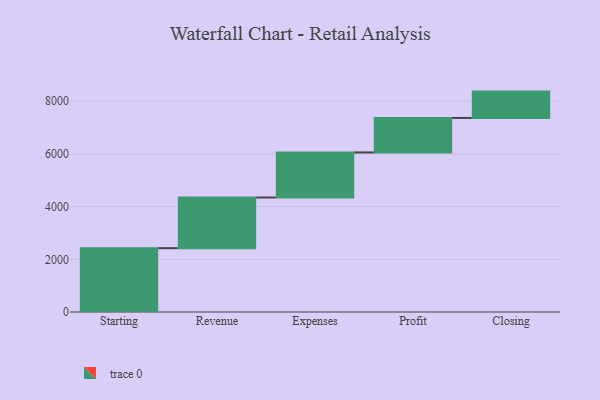
{"axis": {"x": "Step", "y": "Value"}, "legend": [""], "data": [{"x": "Starting", "y": 2424.0, "type": ""}, {"x": "Revenue", "y": 1923.0, "type": ""}, {"x": "Expenses", "y": 1710.0, "type": ""}, {"x": "Profit", "y": 1310.0, "type": ""}, {"x": "Closing", "y": 1000, "type": ""}]}